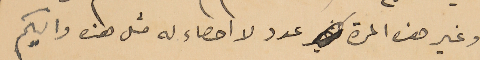
وغير هذه المرة عدد لا احصاء له مثل هذه واليكم